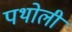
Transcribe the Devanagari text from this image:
पथोली